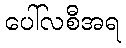
ပေါ်လစီအရ